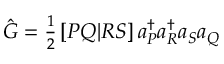
\begin{array} { r } { \hat { G } = \frac { 1 } { 2 } \, [ P Q | R S ] \, a _ { P } ^ { \dagger } a _ { R } ^ { \dagger } a _ { S } a _ { Q } } \end{array}